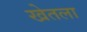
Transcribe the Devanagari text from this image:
खेतला